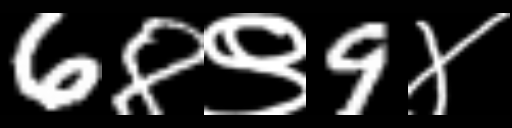
Text: 68९9४